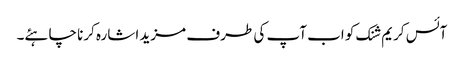
آئس کریم شنک کو اب آپ کی طرف مزید اشارہ کرنا چاہئے۔